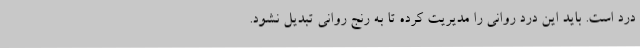
درد است. باید این درد روانی را مدیریت کرده تا به رنج روانی تبدیل نشود.